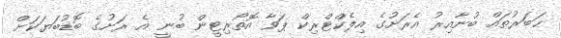
ހަބަރުތައް ބުނާއިރު އެރަށުގެ އިލެކްޓްރިކް ޕަވާ އޮތޯރިޓީން ބުނީ އެ ރަށުގެ ބޮޑުބަޔަކަށް